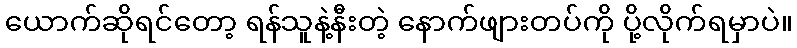
ယောက်ဆိုရင်တော့ ရန်သူနဲ့နီးတဲ့ နောက်ဖျားတပ်ကို ပို့လိုက်ရမှာပဲ။